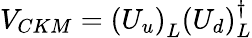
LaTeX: V_{CKM}=(U_{u})_{L}^{\phantom{\dagger}}(U_{d})_{L}^{\dagger}